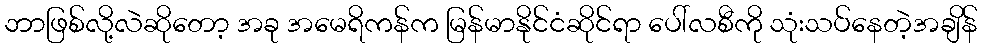
ဘာဖြစ်လို့လဲဆိုတော့ အခု အမေရိကန်က မြန်မာနိုင်ငံဆိုင်ရာ ပေါ်လစီကို သုံးသပ်နေတဲ့အချိန်